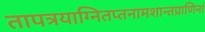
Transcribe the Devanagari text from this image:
तापत्रयाग्नितप्तनामशान्तप्राणिनां